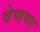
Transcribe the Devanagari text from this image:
वेणणा